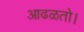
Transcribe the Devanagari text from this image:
आढळतो।